Annual administration and progress report of the Indian Medical Department, Bombay
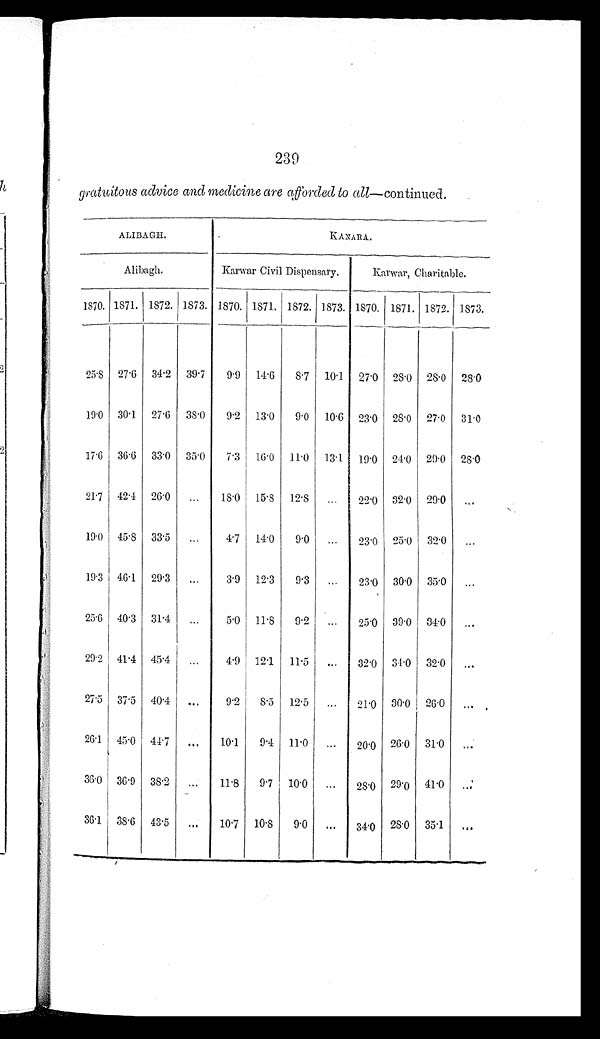
239
gratuitous advice and medicine are afforded to all—continued.
A L I B A G H .
K A N A R A .
Alibagh.
Karwar Civil Dispensary.
Karwar, Charitable.
1870. 1871. 1872. 1873. 1870. 1871. 1872. 1873. 1870. 1871. 1872. 1873.
25.8 27.6 34.2 39 .7
9.9 14.6
8.7 10.1 27.0 28 .0 28.0 28.0
19.0 30.1 27.6 38.0
9 .2 13.0
9.0 10.6 23.0 28.0 27.0 31.0
17.6 36.6 33.0 35.0
7.3 16.0 11.0 13.1 19.0 24.0 29.0 28.0
21.7 42.4 26.0
. . . 18.0 15.8 12.8 . . .
22.0 32 .0 29.0 . . .
19.0 45.8 33.5
. . .
4.7 14.0
9.0
. . .
23.0 25.0 32.0 . . .
19.3 46.1 29.3
...
3.9 12.3
9.3
. . . 23.0 30.0 35.0
. . .
25.6 40.3 31.4
. . . 5.0 11.8
9.2
. . . 25.0 39.0 34.0 . . .
29.2 41.4 45.4
. . . 4.9 12.1 11.5
...
32.0 34.0 32.0 . . .
27.5 37.5 40.4
. . .
9.2
8.5 12.5
. . . 21.0 30.0 26.0 . . .
26.1 45.0 44.7
. . . 10.1
9.4 11.0
...
20.0 26.0 31.0 . . .
36.0 36.9 38.2
...
11.8
9.7 10.0
. . . 28.0 29.0 41.0
. . .
36.1 38.6 43.5
...
10.7 10.8
9.0
...
34.0
2 8 . 0 35.1
. . .